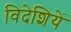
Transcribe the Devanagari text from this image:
विदेशियें